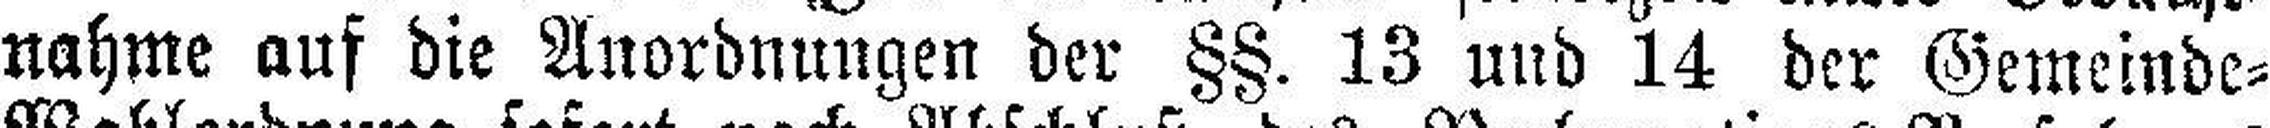
nahme auf die Anordnungen der §§. 13 und 14 der Gemeinde=